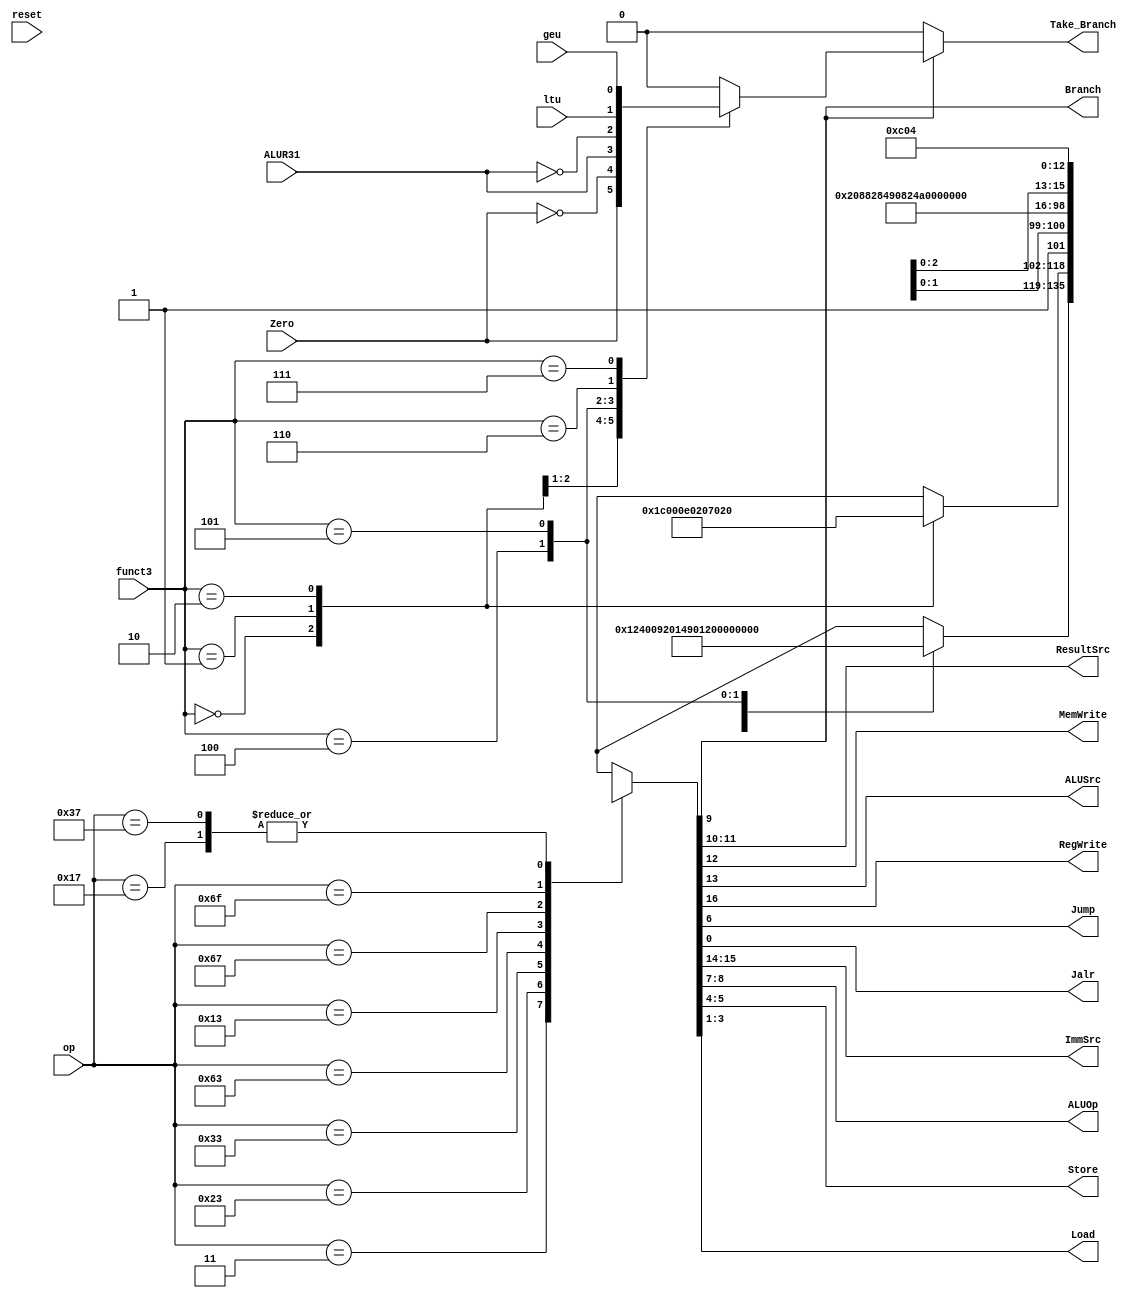

// main_decoder.v - logic for main decoder

module main_decoder (
    input  [6:0] op,
    input  [2:0] funct3,
    output [1:0] ResultSrc,
    output       MemWrite, Branch, 
	 input ALUR31,
	 output ALUSrc,
    output       RegWrite,
	 input  Zero,ltu, geu,
	 output	Jump, Jalr,
    output reg   Take_Branch,
    output [1:0] ImmSrc,
    output [1:0] ALUOp, Store,
    output [2:0] Load,
	 input reset
);

reg [16:0] controls;

always @(*) begin
//	 if(reset===1'b1 || reset===1'bz || reset===1'bx) begin//
//		controls = 17'b1_xx_x_0_11_0_00_0_00_010_0; // auipc
////		Take_Branch = 0;
//	 end
//	 else//
	 begin
		 case (op)
			  // RegWrite_ImmSrc_ALUSrc_MemWrite_ResultSrc_Branch_ALUOp_Jump_Store_Load_Jalr
			  7'b0000011: begin
									case (funct3)
									3'b000: controls = 17'b1_00_1_0_01_0_00_0_00_000_0; // lb
									3'b001: controls = 17'b1_00_1_0_01_0_00_0_00_001_0; // lh
									3'b010: controls = 17'b1_00_1_0_01_0_00_0_00_010_0; // lw
									3'b100: controls = 17'b1_00_1_0_01_0_00_0_00_011_0; // lbu
									3'b101: controls = 17'b1_00_1_0_01_0_00_0_00_100_0; // lhu
									default: controls = 17'bx_xx_x_x_xx_x_xx_x_xx_xxx_x;
									endcase
							  end
			  7'b0100011: begin
									case (funct3)
									3'b000: controls = 17'b0_01_1_1_00_0_00_0_00_000_0; // sb
									3'b001: controls = 17'b0_01_1_1_00_0_00_0_01_000_0; // sh
									3'b010: controls = 17'b0_01_1_1_00_0_00_0_10_000_0; // sw
									default: controls = 17'bx_xx_x_x_xx_x_xx_x_xx_xxx_x;
									endcase
							  end
			  7'b0110011: controls = 17'b1_xx_0_0_00_0_10_0_00_010_0; // Rtype
			  7'b1100011: controls = 17'b0_10_0_0_00_1_01_0_00_010_0; // B-type
			  7'b0010011: controls = 17'b1_00_1_0_00_0_10_0_00_010_0; // Itype ALU
			  7'b1100111: controls = 17'b1_00_1_0_10_0_00_0_00_010_1; // jalr
			  7'b1101111: controls = 17'b1_11_0_0_10_0_00_1_00_010_0; // jal
			  7'b0010111: controls = 17'b1_xx_x_0_11_0_00_0_00_010_0; // auipc
			  7'b0110111: controls = 17'b1_xx_x_0_11_0_00_0_00_010_0; // auipc
			  default:    controls = 17'bx_xx_x_x_xx_x_xx_x_xx_xxx_x; // ???
		 endcase
		end
		 Take_Branch = 0;
		 if (Branch) begin
			  case (funct3)
					3'b000:  Take_Branch = Zero;
					3'b001:  Take_Branch = ~Zero;
					3'b100:  Take_Branch = ALUR31;
					3'b101:  Take_Branch = ~ALUR31;
					3'b110:	Take_Branch = ltu;
					3'b111:	Take_Branch = geu;
					default: Take_Branch = 0;
			  endcase
		 end
end

assign {RegWrite, ImmSrc, ALUSrc, MemWrite, ResultSrc, Branch, ALUOp, Jump, Store, Load, Jalr} = controls;

endmodule